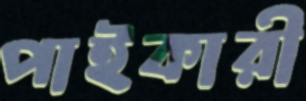
পাইকারী